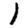
Digit: 1